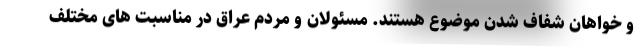
و خواهان شفاف شدن موضوع هستند. مسئولان و مردم عراق در مناسبت های مختلف